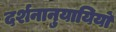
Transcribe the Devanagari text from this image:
दर्शनानुयायियों